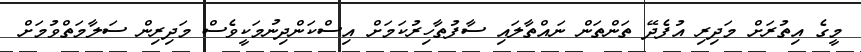
މީގެ އިތުރަށް މަދިރި އުފެދޭ ތަންތަން ނައްތާލައި ސާފުތާހިރުކަމަށް އިސްކަންދިނުމަކީވެސް މަދިރިން ސަލާމަތްވުމަށް